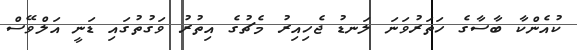
ކުއެންކާ ބާސާގެ ހަތަރުވަނަ ލަނޑު ޖެހިއިރު މެޗުގެ އިތުރު ވަގުތުގައި ޑަނީ އަލްވޭސް